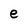
Character: e